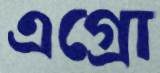
এগ্রো